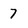
Character: 7